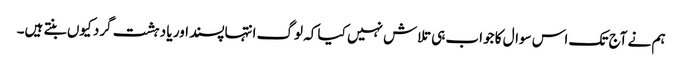
ہم نے آج تک اس سوال کا جواب ہی تلاش نہیں کیا کہ لوگ انتہاپسند اور یا دہشت گرد کیوں بنتے ہیں۔